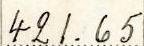
421.65